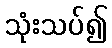
သုံးသပ်၍